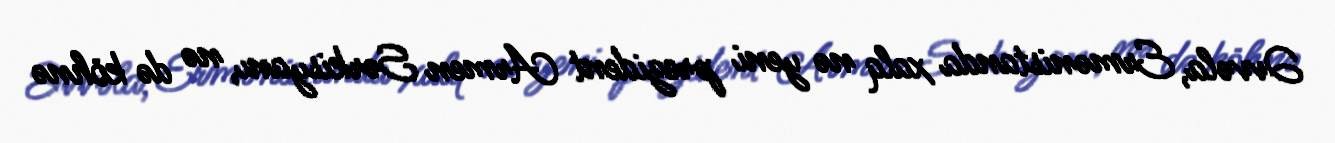
Əvvəla, Ermənistanda xalq nə yeni prezident Armen Sərkisyanı, nə də köhnə